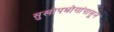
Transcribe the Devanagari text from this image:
सुखोपभोगांपासून